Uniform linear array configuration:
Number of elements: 16
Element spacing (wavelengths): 1
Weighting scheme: kaiser
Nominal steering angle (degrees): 30
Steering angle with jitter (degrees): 28.387
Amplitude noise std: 0.05
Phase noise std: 0.05

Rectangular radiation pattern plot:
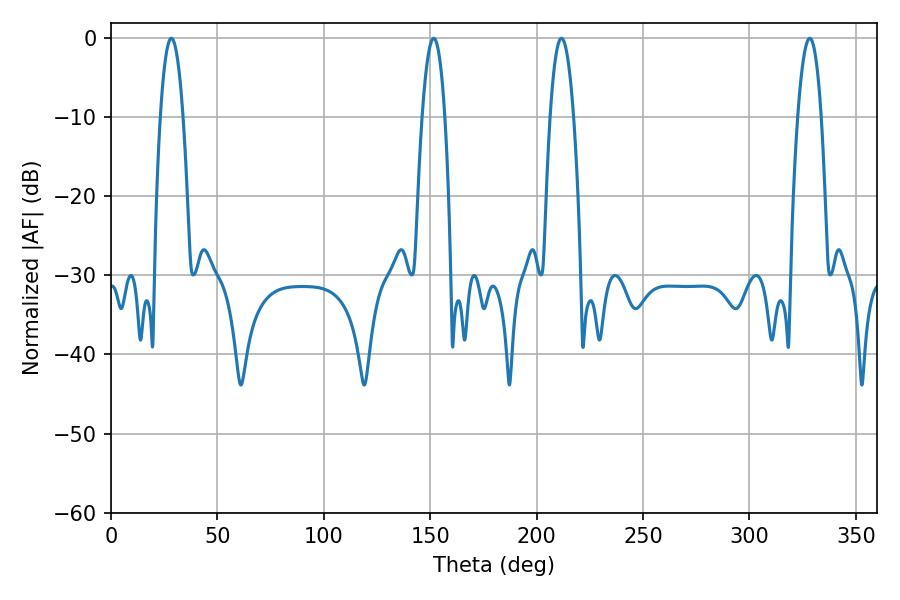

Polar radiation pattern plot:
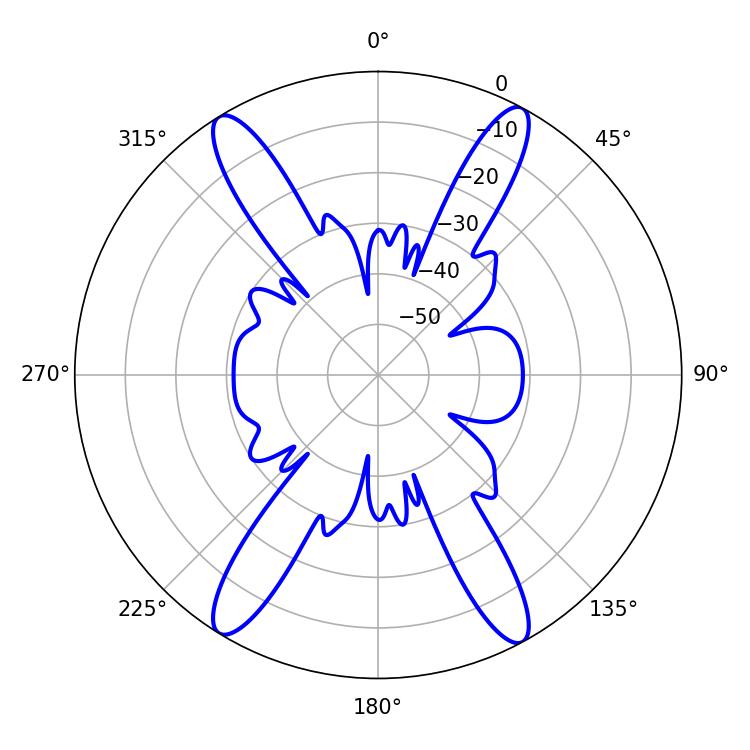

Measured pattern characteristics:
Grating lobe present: TRUE
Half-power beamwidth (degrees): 6.12
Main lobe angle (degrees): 211.68